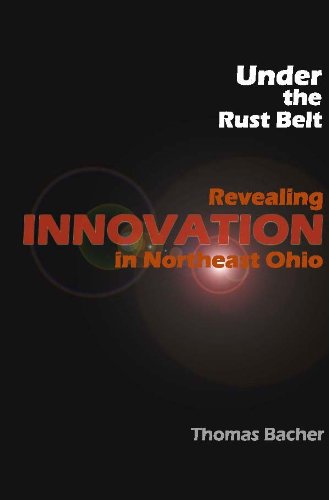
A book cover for Under the Rust Belt: Revealing Innovation in Northeast Ohio (Paul Martin Series on Leadeship and Innovation); Business & Money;